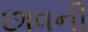
છાવની